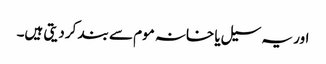
اور یہ سیل یا خانہ موم سے بند کر دیتی ہیں۔